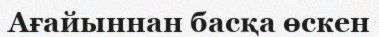
Ағайыннан басқа өскен